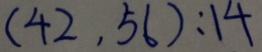
( 4 2 , 5 6 ) : 1 4